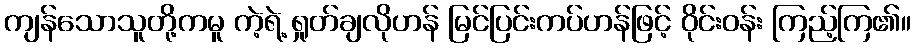
ကျန်သောသူတို့ကမူ ကဲ့ရဲ့ ရှုတ်ချလိုဟန် မြင်ပြင်းကပ်ဟန်ဖြင့် ဝိုင်းဝန်း ကြည့်ကြ၏။